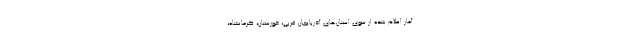
آمار اعلام‌ شده از سوی استان‌های آذربایجان غربی، خوزستان، کرمانشاه،